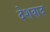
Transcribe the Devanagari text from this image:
देशवाद